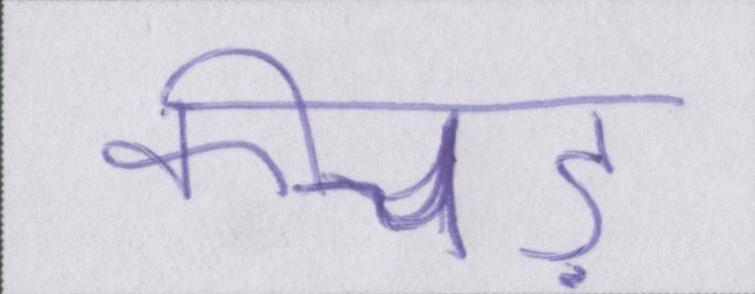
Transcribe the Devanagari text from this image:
कीचड़